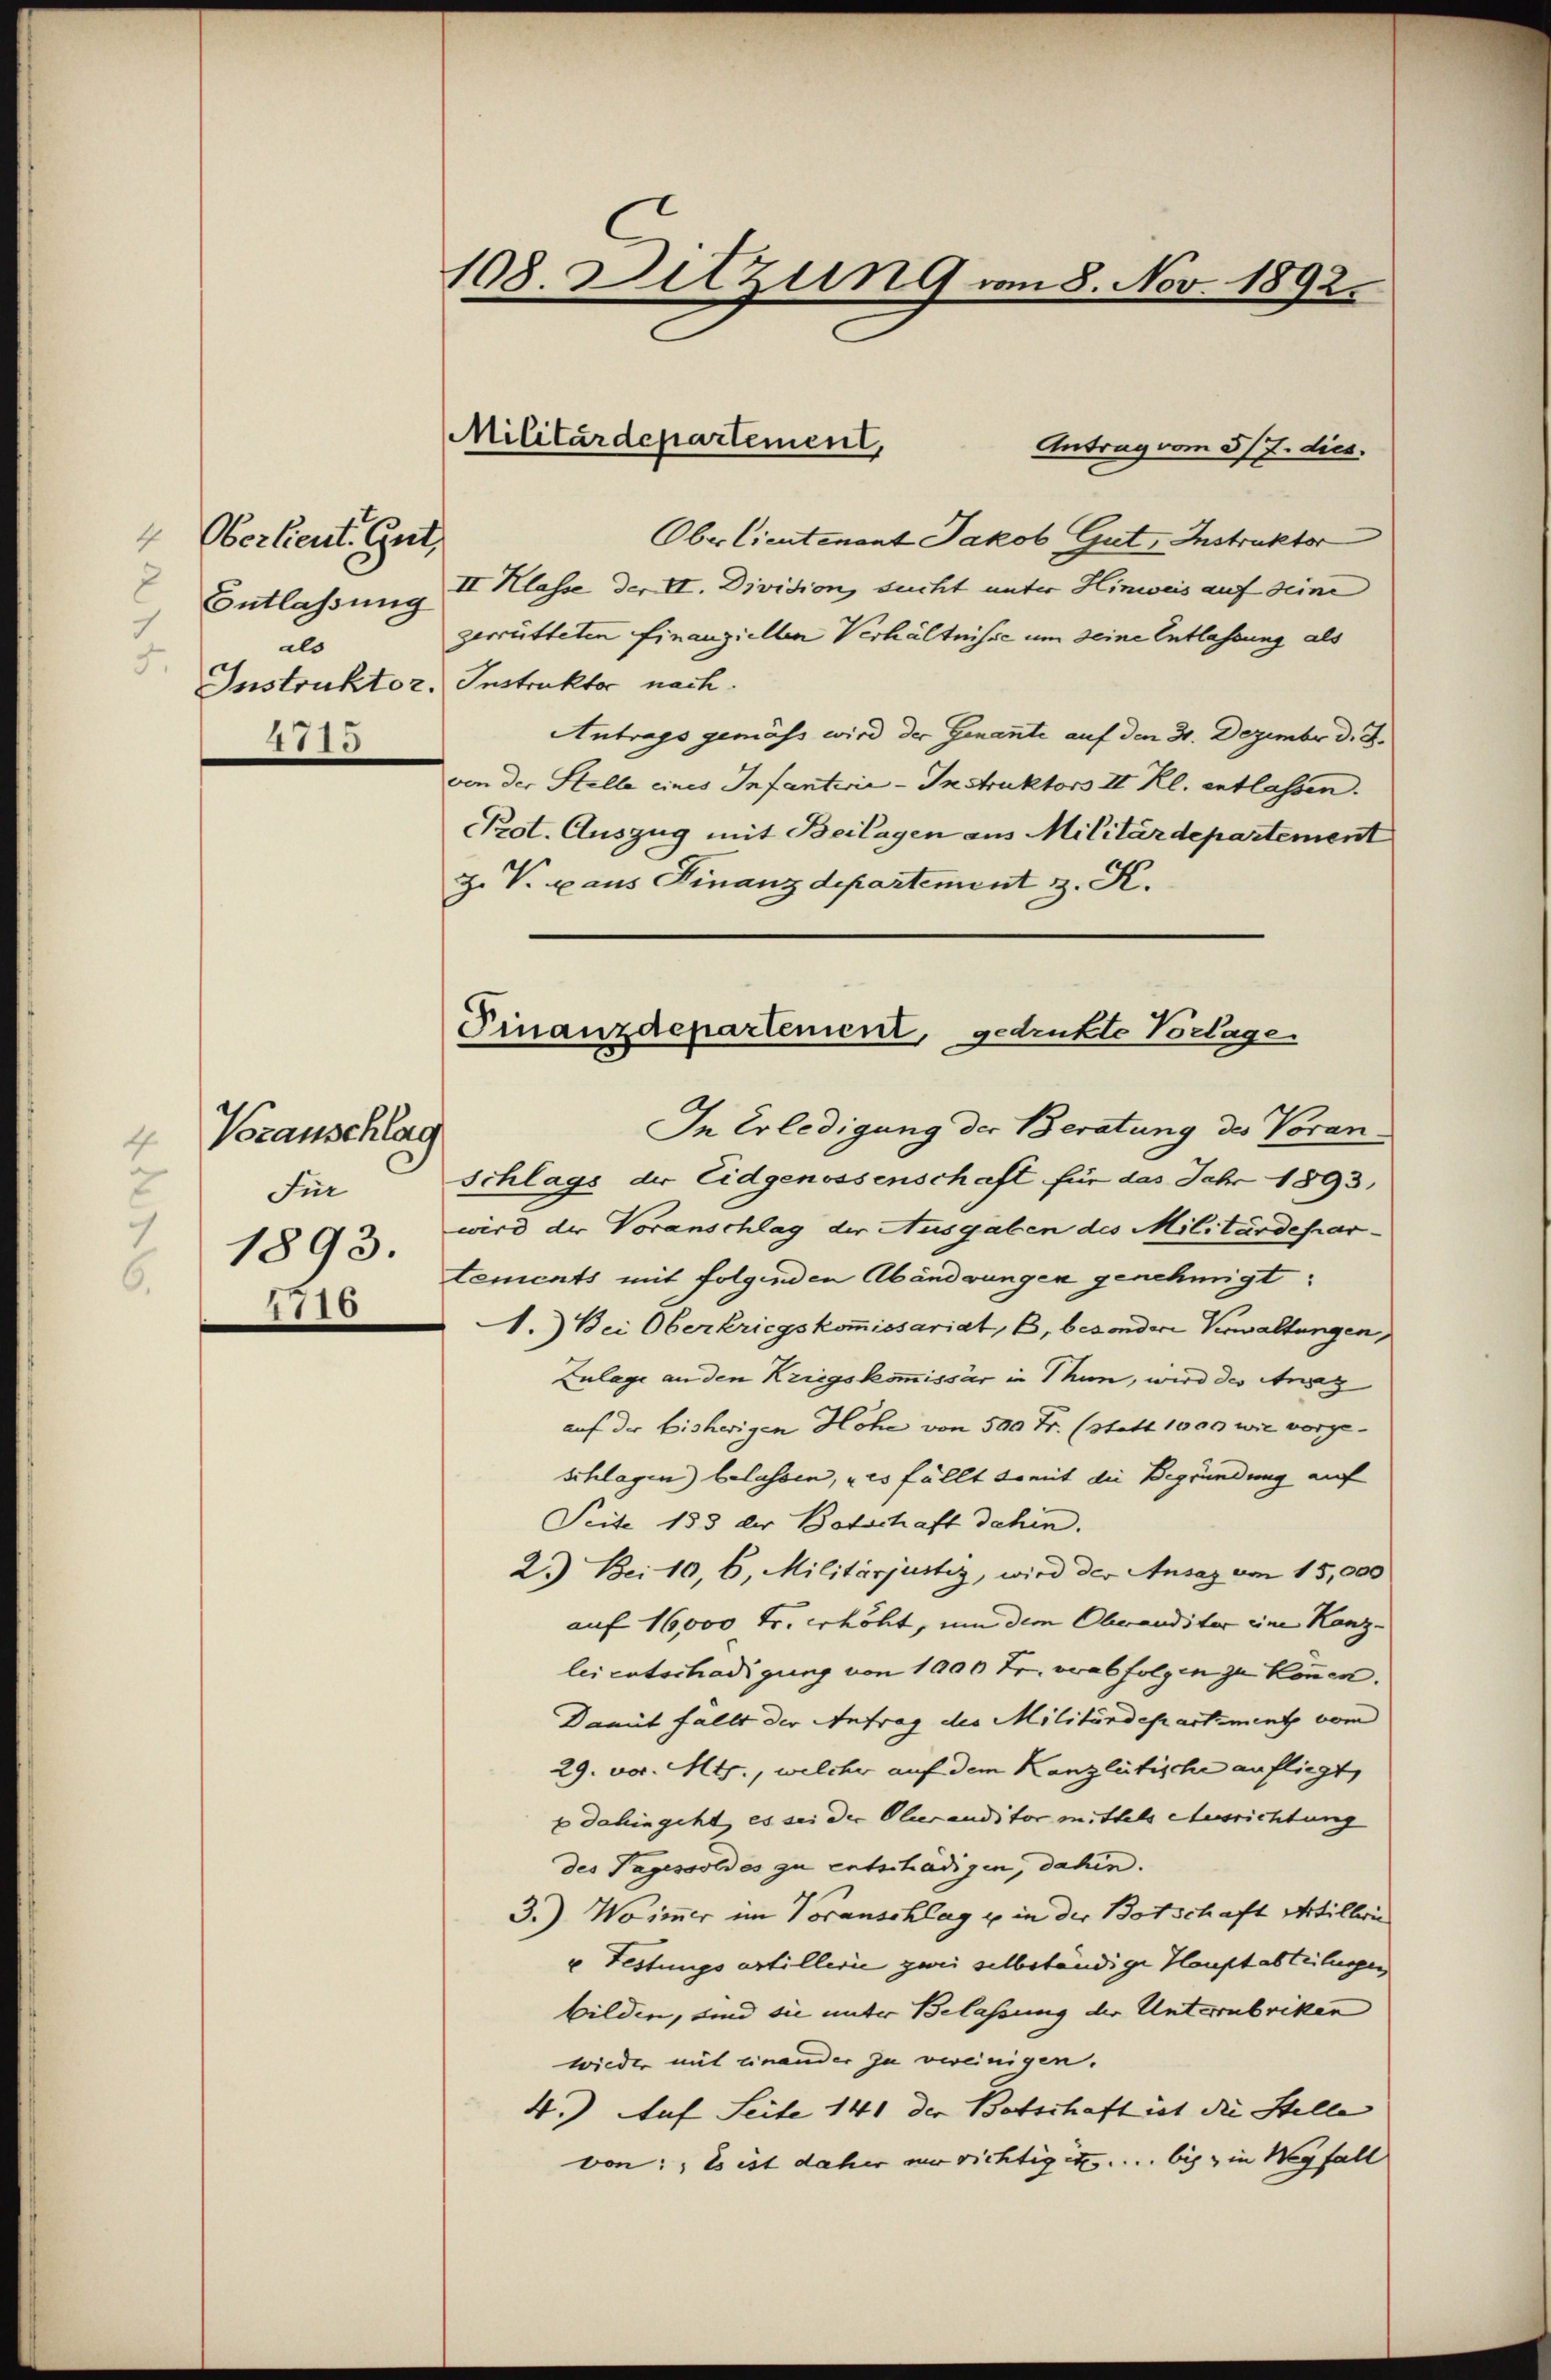
4
Oberlieut. Gut,
Entlassung
1
als
5.
Instruktor.
1715

4716

4 Veranschlag
2
Für
3
1893.
6.

108. Sitzung vom 8. Nov. 1892.

Militärdepartement,

Antrag vom 5/7. dies
Oberlieutenant Jakob Gut, Instruktor
II Klasse der II. Division sucht unter Hinweis auf seine
zerrütteten finanziellen Verhältnisse um seine Entlassung als
Instruktor nach.
Antrags gemäss wird der Genannte auf den 31. Dezember d. d.
von der Stelle eines Infanterie-Instruktors II Kl. entlassen.
Prot. Auszug mit Beilagen aus Militärdepartement
Z. V. aus Finanzdepartement z. K.
Schlags der Eidgenossenschaft für das Jahr 1893,
wird der Voranschlag der Ausgaben des Militärdepartements mit folgenden Abänderungen genehmigt:
1.) Bei Oberkriegskommissariat, b, besondere Verwaltungen,
Zulage an den Kriegskommissär in Thun, wird des Ang
auf der bisherigen Höhe von 500 Fr. (statt 1000 wie vorge-
schlagen) belassen, u es fällt damit die Begründung auf
Seite 153 der Botschaft dahin.
2.) Bei 10, 6, Militärjustiz, wird der Ansaz von 15,000
auf 16,000 Fr. erhöht, um dem Oberanditer eine Kanz-
lei entschädigung von 1000 Fr. verabfolgen zu können.
Damit fallt der Antrag des Militärdepartement vom
29. vor. Mts., welcher auf dem Kanzleitische anfliegt,
p dahingeht, es sei der Oberauditor mittels Ausrichtung
des Tagessoldes zu entschädigen, dahin.
3.) Wo immer im Voranschlag u. in der Botschaft Artillerin
u Festungsartillerie zwei selbständige Hauptabteilungen
bilden, und sie unter Belassung der Unterzubriken
wieder mit einander zu vereinigen.
4.) Auf Seite 141 der Botschaft ist die Stelle |
von: Es ist daher nur richtiget u. bis in Wegfall

Finanzdepartement, gedrukte Vorlage
In Erledigung der Beratung des Voran-